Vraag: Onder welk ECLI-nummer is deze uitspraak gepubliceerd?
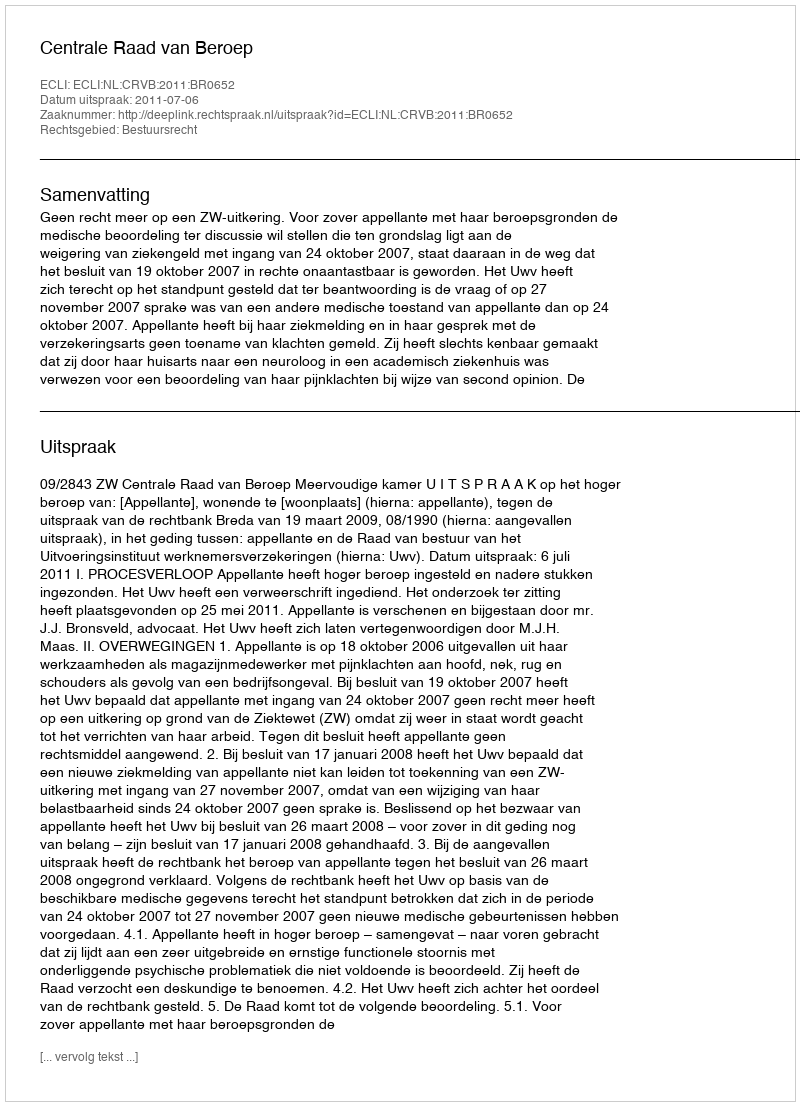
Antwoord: ECLI:NL:CRVB:2011:BR0652